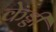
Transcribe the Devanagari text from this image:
केड्डी